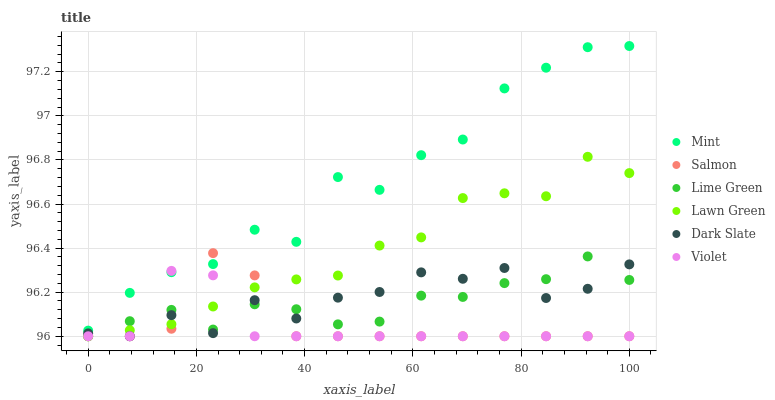
| xaxis_label | Mint | Salmon | Lime Green | Lawn Green | Dark Slate | Violet |
 | --- | --- | --- | --- | --- | --- | --- |
 | 0 | 96 | 96 | 96 | 96 | 96 | 96 |
 | 7.69 | 96.2 | 96 | 96.1 | 96 | 96 | 96 |
 | 15.4 | 96.3 | 96 | 96.1 | 96.1 | 96.1 | 96.3 |
 | 23.1 | 96.3 | 96.4 | 96 | 96.1 | 96 | 96.3 |
 | 30.8 | 96.5 | 96.3 | 96.1 | 96.2 | 96.2 | 96 |
 | 38.5 | 96.4 | 96 | 96.1 | 96.3 | 96.1 | 96 |
 | 46.2 | 96.7 | 96 | 96.1 | 96.3 | 96.2 | 96 |
 | 53.8 | 96.7 | 96 | 96.1 | 96.4 | 96.2 | 96 |
 | 61.5 | 96.8 | 96 | 96.2 | 96.4 | 96.3 | 96 |
 | 69.2 | 96.9 | 96 | 96.2 | 96.6 | 96.3 | 96 |
 | 76.9 | 97.1 | 96 | 96.2 | 96.6 | 96.3 | 96 |
 | 84.6 | 97.2 | 96 | 96.3 | 96.6 | 96.2 | 96 |
 | 92.3 | 97.3 | 96 | 96.4 | 96.8 | 96.2 | 96 |
 | 100 | 97.3 | 96 | 96.3 | 96.7 | 96.3 | 96 |